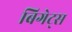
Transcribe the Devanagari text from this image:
बिगेट्स